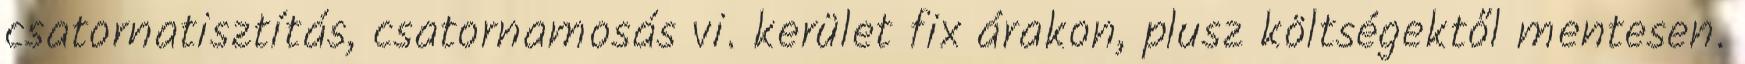
csatornatisztítás, csatornamosás vi. kerület fix árakon, plusz költségektől mentesen.